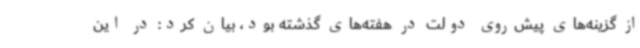
از گزینه‌های پیش‌روی دولت در هفته‌های گذشته بود، بیان کرد: در این